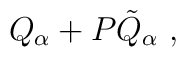
Q_\alpha+ P {\tilde Q}_\alpha\ ,